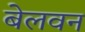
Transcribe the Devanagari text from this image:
बेलवन